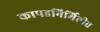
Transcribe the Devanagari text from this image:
कापडनिर्मितीत